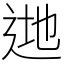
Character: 逇